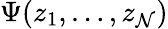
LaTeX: \Psi(z_{1},\dots,z_{\mathcal{N}})